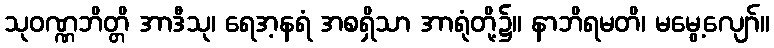
သုဝဏ္ဏဘိတ္တိ အာဒီသု၊ ရေအ့နရံ အစရှိသာ အာရုံတို့၌။ နာဘိရမတိ၊ မမွေ့လျော်။